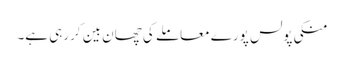
منکی پولس پورے معاملے کی چھان بین کررہی ہے۔